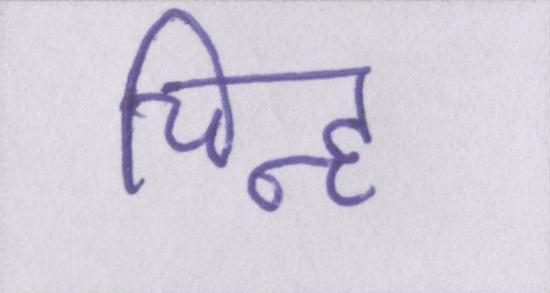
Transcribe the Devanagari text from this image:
चिह्न